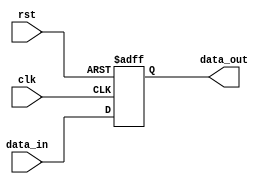
module StoreRegister (
    input wire clk,        // Clock signal
    input wire rst,        // Reset signal
    input wire [WIDTH-1:0] data_in, // Input data
    output reg [WIDTH-1:0] data_out  // Output data
);
    
    parameter WIDTH = 8; // Parameter for the width of the register (can be adjusted)

    // Always block triggered on clock edge or reset
    always @(posedge clk or posedge rst) begin
        if (rst) begin
            data_out <= {WIDTH{1'b0}}; // Reset output to zero
        end else begin
            data_out <= data_in; // Store input data into output
        end
    end

endmodule